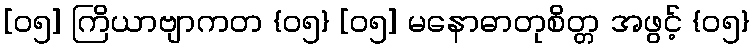
[၀၅] ကြိယာဗျာကတ {၀၅} [၀၅] မနောဓာတုစိတ္တ အဖွင့် {၀၅}